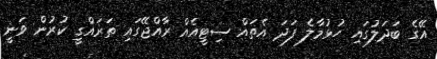
އޭގެ ބަދަލުގައި ހުޅުމާލެ ފަދަ އެތައް ސިޓީއެއް ރާއްޖޭގައި ތަރައްގީ ކުރުން ވަނީ